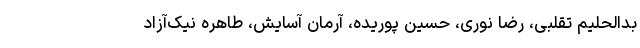
بدالحلیم تقلبی، رضا نوری، حسین پوریده، آرمان آسایش، طاهره نیک‌آزاد